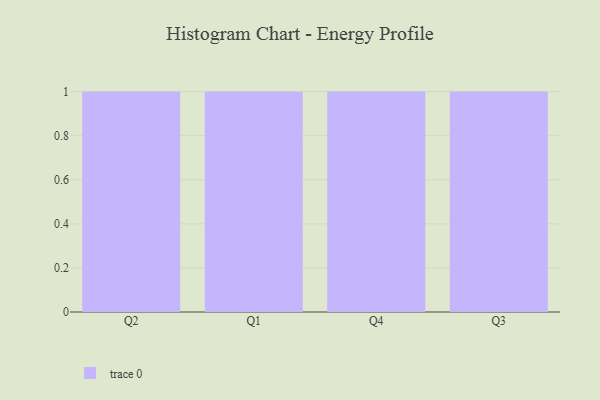
{"axis": {"x": "Quarter", "y": "Gross Profit (USD K)"}, "legend": [""], "data": [{"x": "Q2", "y": 95, "type": ""}, {"x": "Q1", "y": 79, "type": ""}, {"x": "Q4", "y": 59, "type": ""}, {"x": "Q3", "y": 49, "type": ""}]}